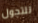
للتجول